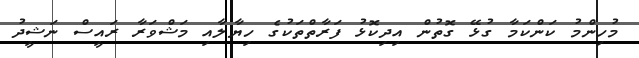
މުހިންމު ކަންކަމާ ގުޅޭ ގޮތުން އިދިކޮޅު ފަރާތްތަކުގެ ހިޔާލާއި މަޝްވަރާ ރައީސް ނަޝީދު